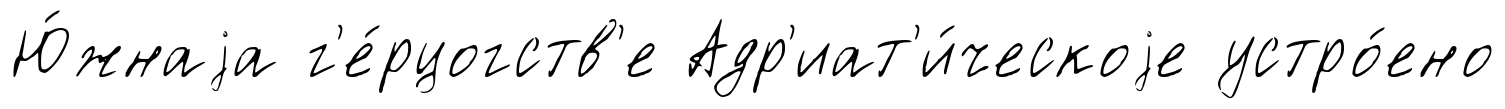
Ю́жнаjа г'е́рцогств'е Адр'иат'и́ческоjе устро́ено